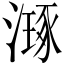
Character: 𣽗